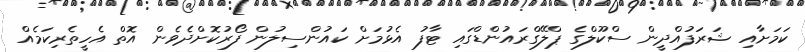
ކަމަށާއި ޝަރަފުއްދީން ސްކޫލްގެ ޕްލޭގްރައުންޑްގައި ޓާފު އެޅުމަށް ކައުންސިލުން ފޯރުކޮށްދެވެން އޮތް އެހީތެރިކަމެއް